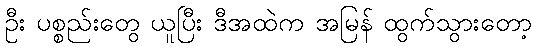
ဦး ပစ္စည်းတွေ ယူပြီး ဒီအထဲက အမြန် ထွက်သွားတော့